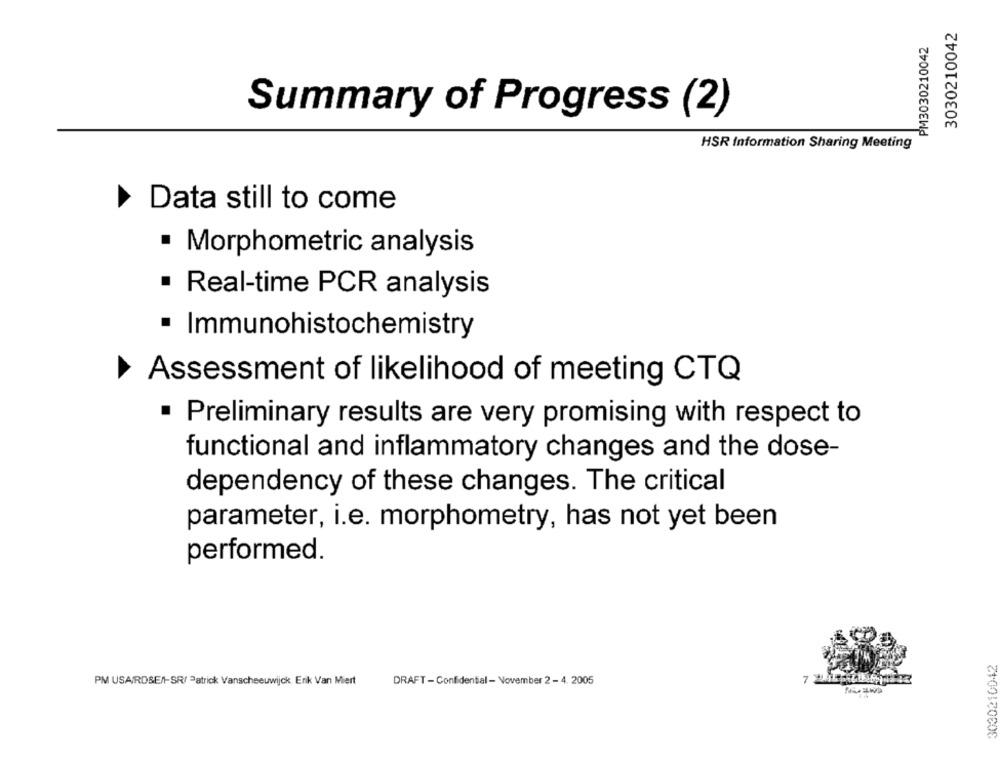
3030210042
PM3030210042
Summary of Progress (2)
HSR Information Sharing Meeting
Data still to come
· Morphometric analysis
· Real-time PCR analysis
· Immunohistochemistry
Assessment of likelihood of meeting CTQ
Preliminary results are very promising with respect to
functional and inflammatory changes and the dose-
dependency of these changes. The critical
parameter, i.e. morphometry, has not yet been
performed.
3030210042
PM USAIRDSEN-SR/ Patrick Vanscheeuwijck. Erik Van Miert
DRAFT - Confidential - November 2 - 4. 2005